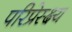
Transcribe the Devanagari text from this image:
परिप्रेस्क्ष्य